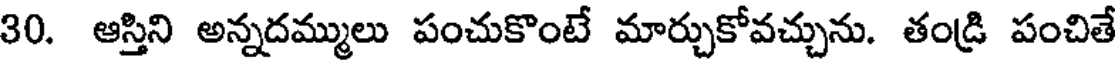
30. ఆస్తిని అన్నదమ్ములు పంచుకొంటే మార్చుకోవచ్చును. తండ్రి పంచితే